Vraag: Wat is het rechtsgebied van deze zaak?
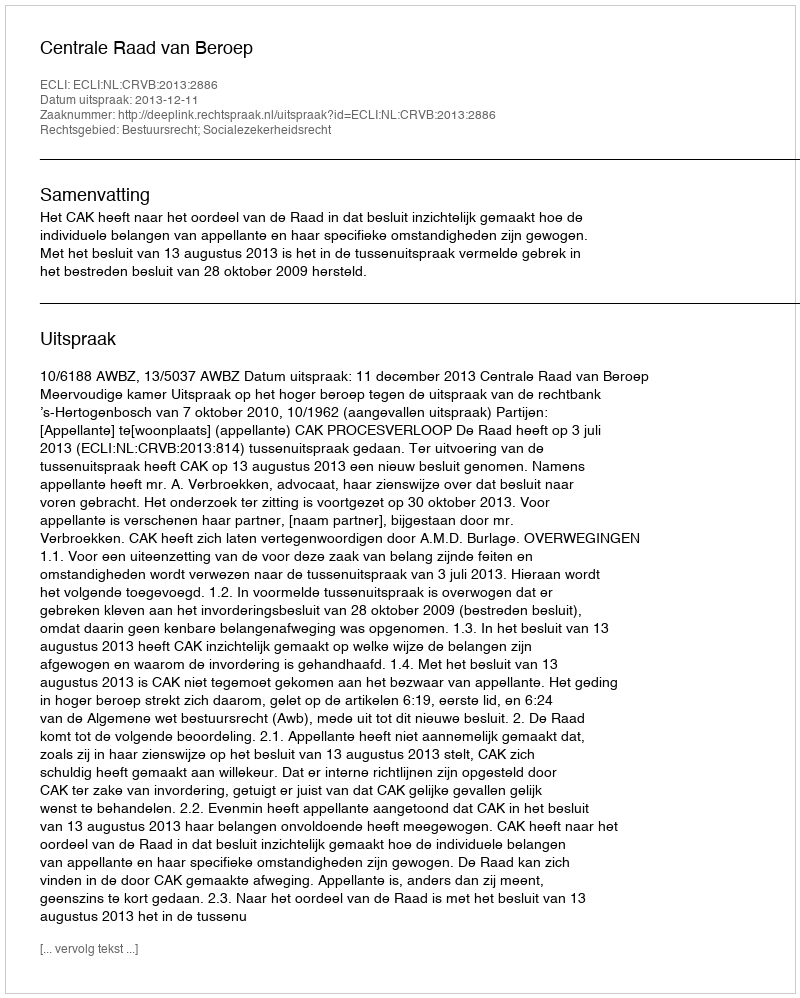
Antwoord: Bestuursrecht; Socialezekerheidsrecht